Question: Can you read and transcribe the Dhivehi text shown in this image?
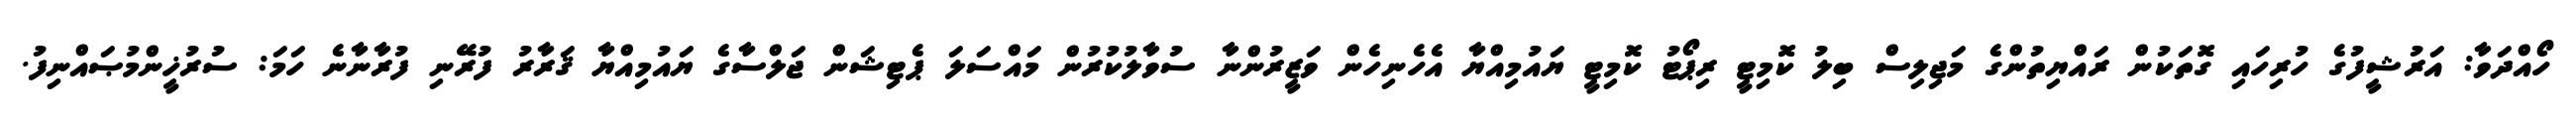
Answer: ހޯއްދަވާ: އަރުޝީފުގެ ހުރިހައި ގޮތަކުން ރައްޔިތުންގެ މަޖިލިސް ބިލު ކޮމިޓީ ރިޕޯޓު ކޮމިޓީ ޔައުމިއްޔާ އެހެނިހެން ވަޒީރުންނާ ސުވާލުކުރުން މައްސަލަ ޕެޓިޝަން ޖަލްސާގެ ޔައުމިއްޔާ ޤަރާރު ފުރޭނި ފުރާނާނެ ހަމަ: ސުރުޚީންމުޞައްނިފު.